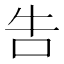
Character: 吿